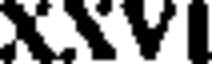
XXVI